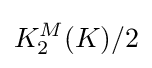
K_{2}^{M}(K)/2